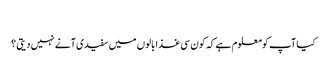
‎
کیا آپ کومعلوم ہے کہ کون سی غذا بالوں میں سفیدی آنے نہیں دیتی ؟